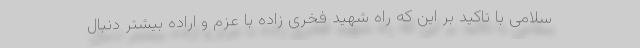
سلامی با تاکید بر این که راه شهید فخری زاده با عزم و اراده بیشتر دنبال